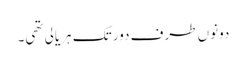
دونوں طرف دور تک ہریالی تھی۔